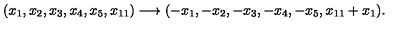
( x _ { 1 } , x _ { 2 } , x _ { 3 } , x _ { 4 } , x _ { 5 } , x _ { 1 1 } ) \longrightarrow ( - x _ { 1 } , - x _ { 2 } , - x _ { 3 } , - x _ { 4 } , - x _ { 5 } , x _ { 1 1 } + x _ { 1 } ) .